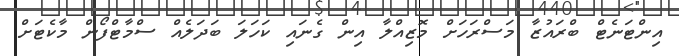
އިންޓަނެޓް ބްރައުޒާ މަސްރަހަށް މޮޒިއްލާ އިން ގެނައި ކަހަލަ ބަދަލެއް ސްމާޓްފޯން މާކެޓަށް